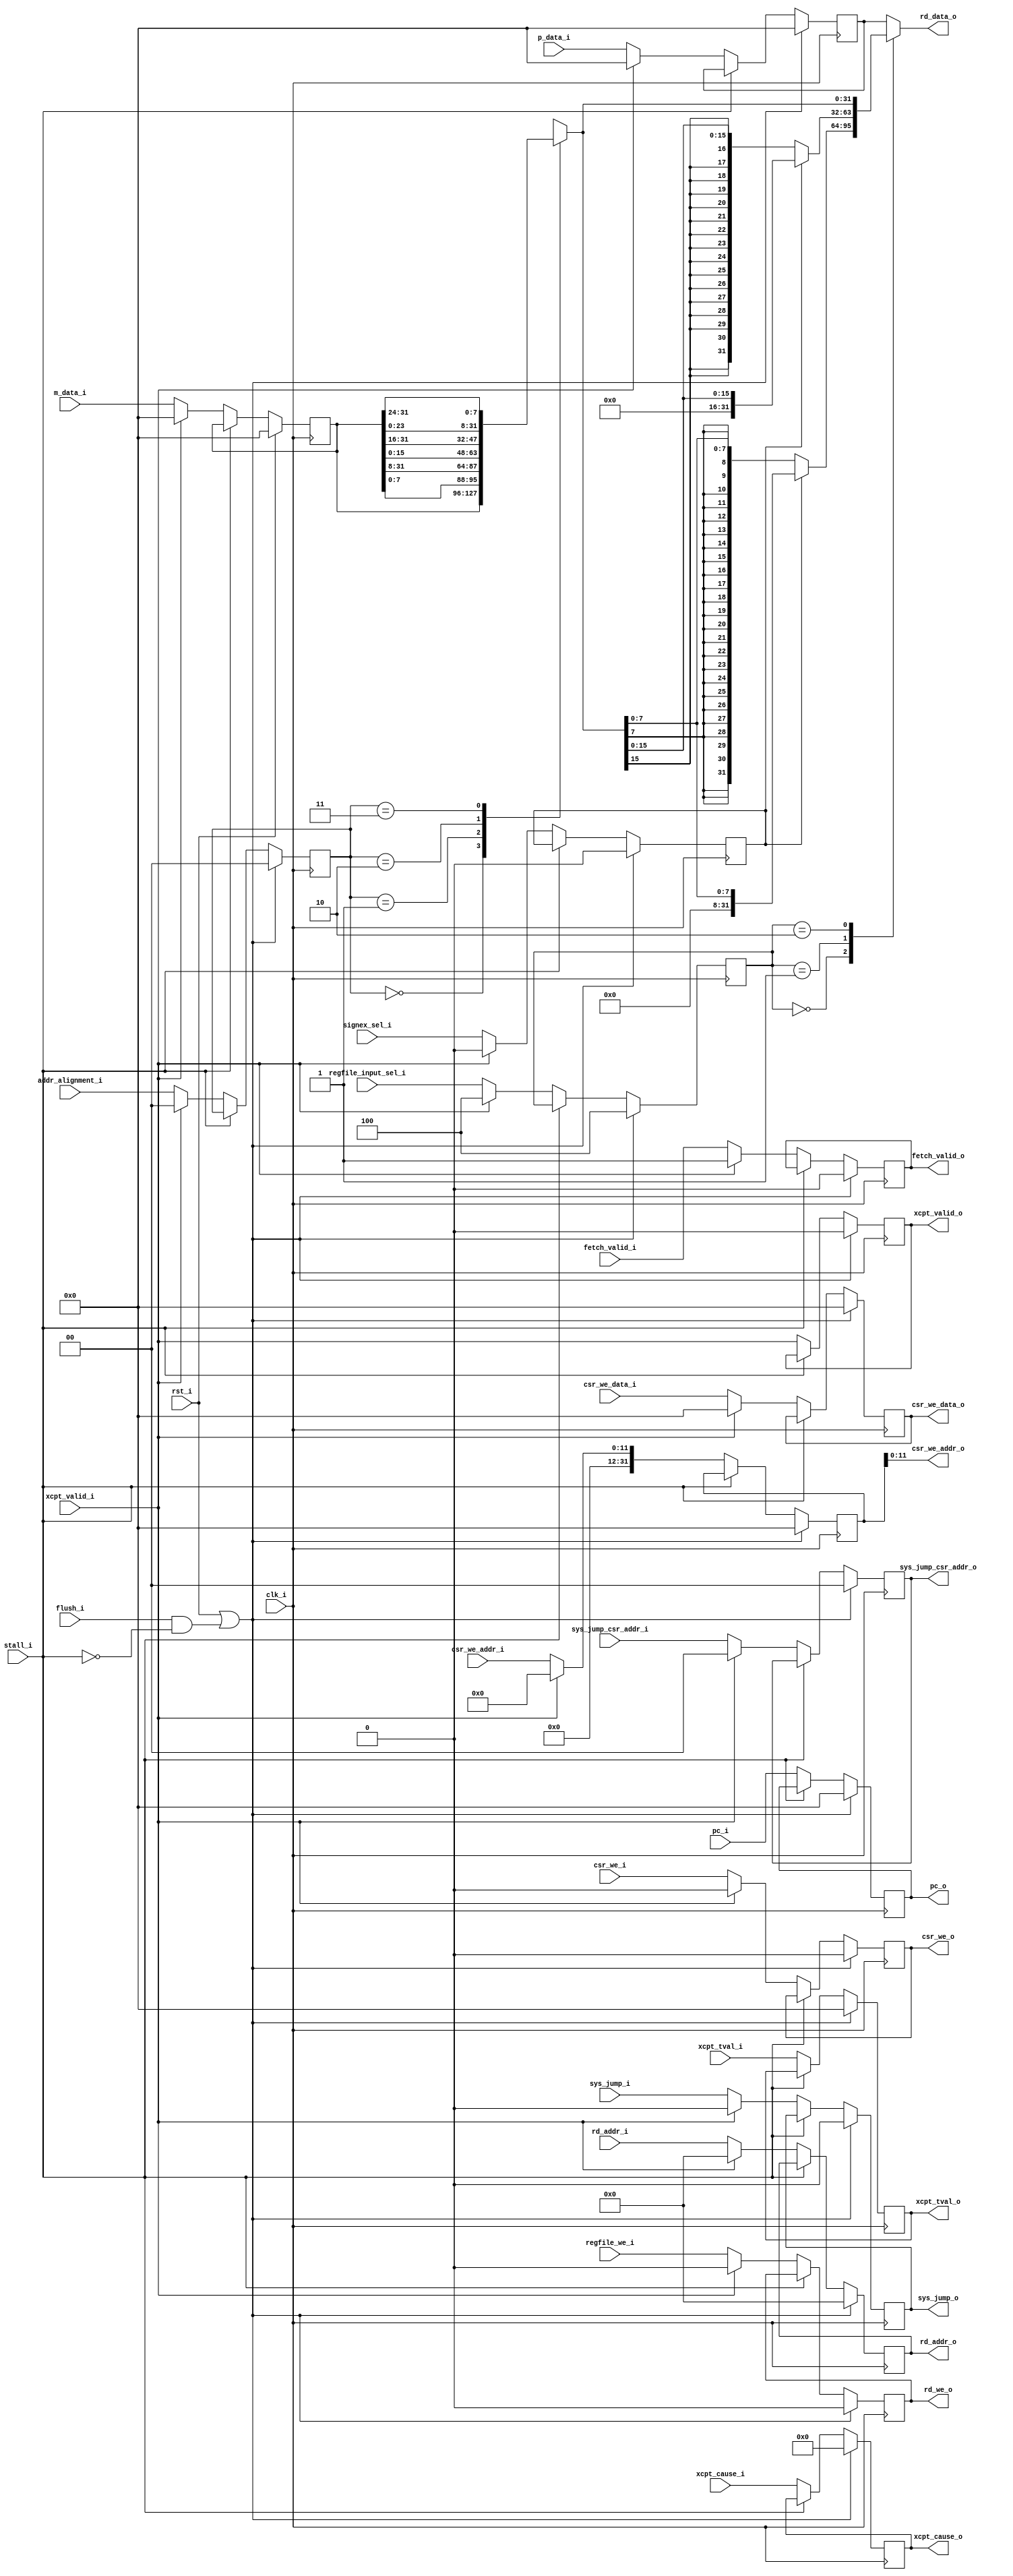
module writeback #( parameter XLEN = 32 )
(
    //  Processor clock and reset signals.
    input               clk_i,
    input               rst_i,

    // Pipeline stall signal.
    input               stall_i,

    // Processor pipeline flush signal.
    input               flush_i,

    // From Execute
    input               regfile_we_i,
    input  [ 4 : 0]     rd_addr_i,
    input  [ 2 : 0]     regfile_input_sel_i,
    input               signex_sel_i,
    input  [ 1 : 0]     addr_alignment_i,
    input  [XLEN-1 : 0] p_data_i,

    input               csr_we_i,
    input  [11: 0]      csr_we_addr_i,
    input  [XLEN-1 : 0] csr_we_data_i,

    // from Data Memory
    input  [XLEN-1 : 0] m_data_i,

    // to RegisterFile
    output              rd_we_o,
    output [ 4 : 0]     rd_addr_o,
    output [XLEN-1 : 0] rd_data_o,

    // PC of the current instruction.
    input  [XLEN-1 : 0] pc_i,
    output [XLEN-1 : 0] pc_o,

    // System Jump operation
    input               sys_jump_i,
    input  [ 1 : 0]     sys_jump_csr_addr_i,
    output              sys_jump_o,
    output [ 1 : 0]     sys_jump_csr_addr_o,

    // Has instruction fetch being successiful?
    input               fetch_valid_i,
    output              fetch_valid_o,

    // To CSR
    output              csr_we_o,
    output [11 : 0]     csr_we_addr_o,
    output [XLEN-1 : 0] csr_we_data_o,

    // Exception info passed from Memory to CSR.
    input               xcpt_valid_i,
    input  [ 3 : 0]     xcpt_cause_i,
    input  [XLEN-1 : 0] xcpt_tval_i,
    output              xcpt_valid_o,
    output [ 3 : 0]     xcpt_cause_o,
    output [XLEN-1 : 0] xcpt_tval_o
);

reg [ 2 : 0]            regfile_input_sel_r;
reg                     regfile_we_r;
reg [ 4 : 0]            rd_addr_r;
reg                     signex_sel_r;
reg [ 1 : 0]            addr_alignment_r;
reg [XLEN-1 : 0]        p_data_r, m_data_r;
reg [XLEN-1 : 0]        aligned_data, rd_data;

reg                     xcpt_valid_r;
reg [ 3 : 0]            xcpt_cause_r;
reg [XLEN-1 : 0]        xcpt_tval_r;
reg                     sys_jump_r;
reg [ 1 : 0]            sys_jump_csr_addr_r;
reg [XLEN-1 : 0]        pc_r;
reg                     fetch_valid_r;
reg                     csr_we_r;
reg [XLEN-1 : 0]        csr_we_addr_r;
reg [XLEN-1 : 0]        csr_we_data_r;

always @(posedge clk_i)
begin
    if (rst_i || (flush_i && !stall_i)) // stall has higher priority than flush.
    begin
        regfile_we_r <= 0;
        rd_addr_r <= 0;
        regfile_input_sel_r <= 4;
        signex_sel_r <= 0;
        addr_alignment_r <= 0;
        p_data_r <= 0;

        csr_we_r <= 0;
        csr_we_addr_r <= 0;
        csr_we_data_r <= 0;
        sys_jump_r <= 0;
        sys_jump_csr_addr_r <= 0;
        xcpt_valid_r <= 0;
        xcpt_cause_r <= 0;
        xcpt_tval_r <= 0;
        pc_r <= 0;
        fetch_valid_r <= 0;
    end
    else if (stall_i)
    begin
        regfile_we_r <= regfile_we_r;
        rd_addr_r <= rd_addr_r;
        regfile_input_sel_r <= regfile_input_sel_r;
        signex_sel_r <= signex_sel_r;
        addr_alignment_r <= addr_alignment_r;
        p_data_r <= p_data_r;

        csr_we_r <= csr_we_r;
        csr_we_addr_r <= csr_we_addr_r;
        csr_we_data_r <= csr_we_data_r;
        sys_jump_r <= sys_jump_r;
        sys_jump_csr_addr_r <= sys_jump_csr_addr_r;
        xcpt_valid_r <= xcpt_valid_r;
        xcpt_cause_r <= xcpt_cause_r;
        xcpt_tval_r <= xcpt_tval_r;
        pc_r <= pc_r;
        fetch_valid_r <= fetch_valid_r;
    end
    else if (xcpt_valid_i)
    begin
        regfile_we_r <= 0;
        rd_addr_r <= 0;
        regfile_input_sel_r <= 4;
        signex_sel_r <= 0;
        addr_alignment_r <= 0;
        p_data_r <= 0;

        csr_we_r <= 0;
        csr_we_addr_r <= 0;
        csr_we_data_r <= 0;
        sys_jump_r <= 0;
        sys_jump_csr_addr_r <= 0;
        xcpt_valid_r <= xcpt_valid_i;
        xcpt_cause_r <= xcpt_cause_i;
        xcpt_tval_r <= xcpt_tval_i;
        pc_r <= pc_i;
        fetch_valid_r <= 1;
    end
    else
    begin
        regfile_we_r <= regfile_we_i;
        rd_addr_r <= rd_addr_i;
        regfile_input_sel_r <= regfile_input_sel_i;
        signex_sel_r <= signex_sel_i;
        addr_alignment_r <= addr_alignment_i;
        p_data_r <= p_data_i;

        csr_we_r <= csr_we_i;
        csr_we_addr_r <= csr_we_addr_i;
        csr_we_data_r <= csr_we_data_i;
        sys_jump_r <= sys_jump_i;
        sys_jump_csr_addr_r <= sys_jump_csr_addr_i;
        xcpt_valid_r <= xcpt_valid_i;
        xcpt_cause_r <= xcpt_cause_i;
        xcpt_tval_r <= xcpt_tval_i;
        pc_r <= pc_i;
        fetch_valid_r <= fetch_valid_i;
    end
end

always @(posedge clk_i)
begin
    if (rst_i)
        m_data_r <= 32'b0;
    else if (stall_i)
        m_data_r <= m_data_r;
    else if (xcpt_valid_i)
        m_data_r <= 32'b0;
    else
        m_data_r <= m_data_i;
end

always @(*)
begin
    case (addr_alignment_r)
        2'b00: aligned_data = m_data_r;
        2'b01: aligned_data = {m_data_r[ 7: 0], m_data_r[31: 8]};
        2'b10: aligned_data = {m_data_r[15: 0], m_data_r[31: 16]};
        2'b11: aligned_data = {m_data_r[23: 0], m_data_r[31: 24]};
    endcase
end

always @(*)
begin
    case (regfile_input_sel_r)
        3'b000: rd_data = signex_sel_r ?
                          {24'b0, aligned_data[7 : 0]} :
                          {{24{aligned_data[7]}}, aligned_data[7 : 0]};   // load byte
        3'b001: rd_data = signex_sel_r ?
                          {16'b0, aligned_data[15 : 0]} :
                          {{16{aligned_data[15]}}, aligned_data[15 : 0]}; // load half word
        3'b010: rd_data = aligned_data;                                   // load word
        default: rd_data = p_data_r;                                      // data from processor
    endcase
end

assign rd_we_o = regfile_we_r;
assign rd_addr_o = rd_addr_r;
assign rd_data_o = rd_data;

assign sys_jump_o = sys_jump_r;
assign sys_jump_csr_addr_o = sys_jump_csr_addr_r;
assign csr_we_o = csr_we_r;
assign csr_we_addr_o = csr_we_addr_r;
assign csr_we_data_o = csr_we_data_r;
assign xcpt_valid_o = xcpt_valid_r;
assign xcpt_cause_o = xcpt_cause_r;
assign xcpt_tval_o = xcpt_tval_r;
assign pc_o = pc_r;
assign fetch_valid_o = fetch_valid_r;

endmodule